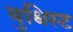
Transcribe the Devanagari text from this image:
बुधिस्ट